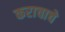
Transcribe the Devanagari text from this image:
कराचाचे